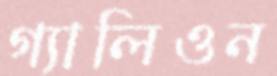
গ্যালিওন